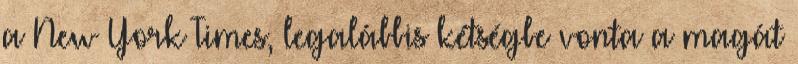
a New York Times, legalábbis kétségbe vonta a magát